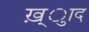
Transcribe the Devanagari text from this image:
ख़्ुाद